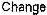
CHANGE